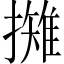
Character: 𢶾